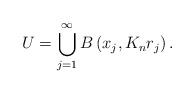
LaTeX: \begin{align*}U=\bigcup\limits_{j=1}^{\infty}B\left( x_{j},K_{n}r_{j}\right) .\end{align*}